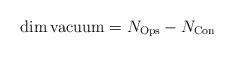
LaTeX: \begin{align*} \dim {\rm vacuum} =N_{\rm Ops} - N_{\rm Con}\end{align*}